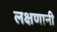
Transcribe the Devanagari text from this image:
लक्षणानी